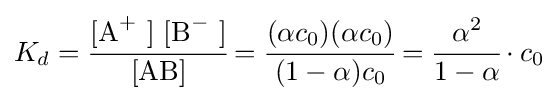
K_{d}={\cfrac {[\mathrm {A} {\vphantom {A}}^{+}~]~[\mathrm {B} {\vphantom {A}}^{-}~]}{[\mathrm {AB} ]}}={\cfrac {(\alpha c_{0})(\alpha c_{0})}{(1-\alpha )c_{0}}}={\cfrac {\alpha ^{2}}{1-\alpha }}\cdot c_{0}